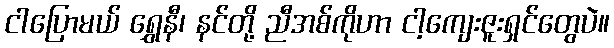
ငါပြောမယ် ရွှေနီ၊ နင်တို့ ညီအစ်ကိုဟာ ငါ့ကျေးဇူးရှင်တွေပဲ။